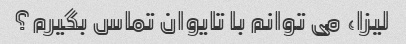
لیزا، می توانم با تایوان تماس بگیرم؟